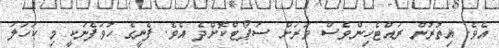
އެވެ. އިތުރުން ރައްޓެހިންވެސް ވަރަށް ސަޕޯޓްކޮށްދެ އެވެ. ފެނީގެ ހުވަފެނަކީ މި ކަހަލަ